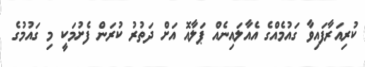
ކުރިއަރާފައިވާ ގައުމެއްގެ އެއާލައިނެއް ޕަލާއޮ އަށް ދަތުރު ކުރަން ފެށުމަކީ މި ގައުމުގެ